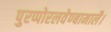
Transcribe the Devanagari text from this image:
पुरप्पोरलवेण्बामालै।